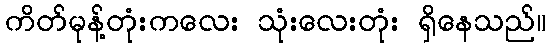
ကိတ်မုန့်တုံးကလေး သုံးလေးတုံး ရှိနေသည်။